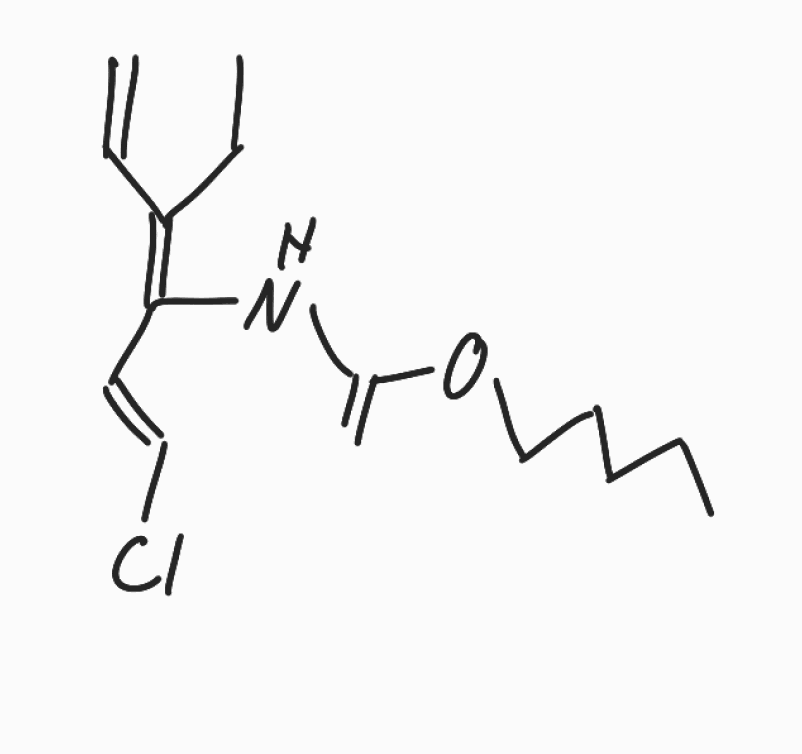
Simplified molecular-input line-entry system (SMILES) notation of the given molecule:
CCCCCOC(=C)N/C(=C(\CC)/C=C)/C=C/Cl